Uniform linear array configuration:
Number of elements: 48
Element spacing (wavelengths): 1
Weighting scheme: kaiser
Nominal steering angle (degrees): -30
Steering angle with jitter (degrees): -29.183
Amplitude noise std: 0.05
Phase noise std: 0.05

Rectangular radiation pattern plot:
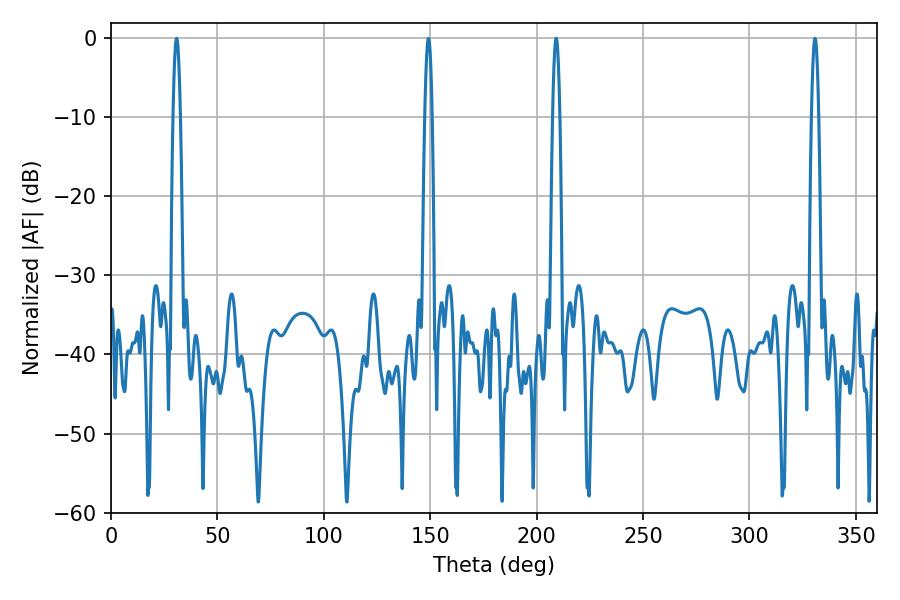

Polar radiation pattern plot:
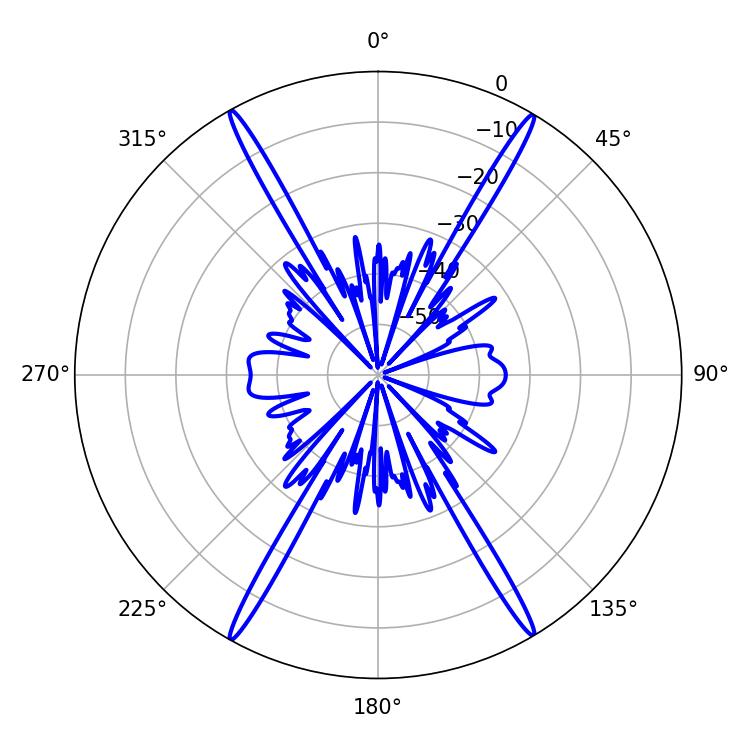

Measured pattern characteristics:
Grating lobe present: TRUE
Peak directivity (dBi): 29.258
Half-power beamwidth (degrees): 1.8
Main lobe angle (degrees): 209.16